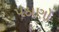
પઠાણો